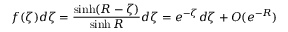
f ( \zeta ) d \zeta = \frac { \sinh ( R - \zeta ) } { \sinh R } d \zeta = e ^ { - \zeta } d \zeta + O ( e ^ { - R } )